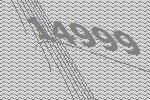
14999